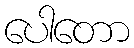
ပေါတော